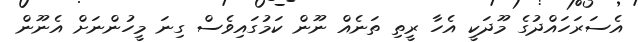
އެސަރަހައްދުގެ މޫދަކީ އެހާ ރީތި ތަނެއް ނޫން ކަމުގައިވެސް ގިނަ މީހުންނަށް އެނޫން